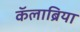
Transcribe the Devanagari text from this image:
कॅलाब्रिया